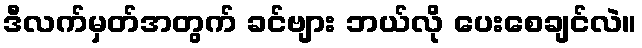
ဒီလက်မှတ်အတွက် ခင်ဗျား ဘယ်လို ပေးစေချင်လဲ။